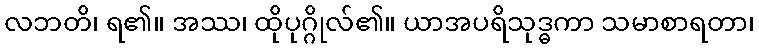
လဘတိ၊ ရ၏။ အဿ၊ ထိုပုဂ္ဂိုလ်၏။ ယာအပရိသုဒ္ဓကာ သမာစာရတာ၊